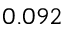
0 . 0 9 2